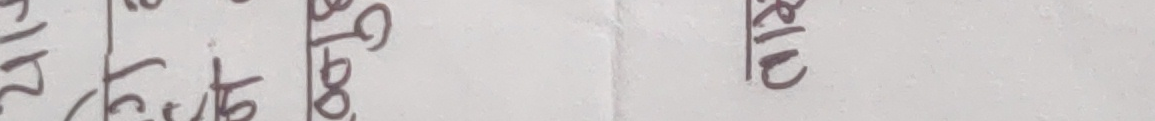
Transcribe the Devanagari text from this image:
२ १० २० ८०
५० ०